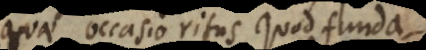
quae occasio ritus, quod funda